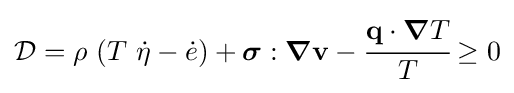
{\mathcal {D}}=\rho ~(T~{\dot {\eta }}-{\dot {e}})+{\boldsymbol {\sigma }}:{\boldsymbol {\nabla }}\mathbf {v} -{\cfrac {\mathbf {q} \cdot {\boldsymbol {\nabla }}T}{T}}\geq 0